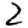
Digit: 2